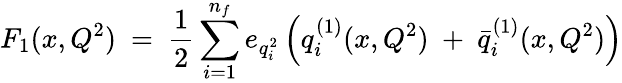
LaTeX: F_{1}(x,Q^{2})~=~{\frac{1}{2}}\sum_{i=1}^{n_{f}}e_{q_{i}^{2}}\left(q_{i}^{(1)}(x,Q^{2})~+~{\bar{q}}_{i}^{(1)}(x,Q^{2})\right)